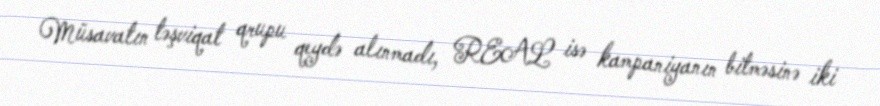
Müsavatın təşviqat qrupu qeydə alınmadı, REAL isə kampaniyanın bitməsinə iki